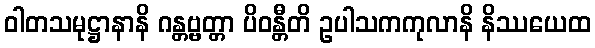
ဝါတသမုဋ္ဌာနာနိ ဂန္တဗ္ဗတ္တာ ပိဝန္တီတိ ဥပါသကကုလာနိ နိဿယေထ